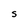
Character: S